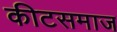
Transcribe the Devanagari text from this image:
कीटसमाज